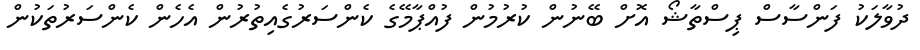
ދުވާލަކު ފަންސާސް ޕިސްތާޝޯ އޮށް ބޭނުން ކުރުމުން ފުއްޕާމޭގެ ކެންސަރުގެއިތުރުން އެހެން ކެންސަރުތަކުން